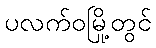
ပလက်ဝမြို့တွင်